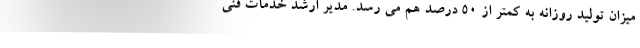
میزان تولید روزانه به کمتر از ۵۰ درصد هم می رسد. مدیر ارشد خدمات فنی